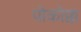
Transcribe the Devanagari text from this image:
पोकोक्क